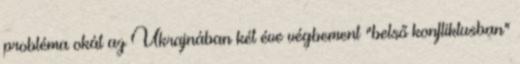
probléma okát az Ukrajnában két éve végbement "belső konfliktusban"